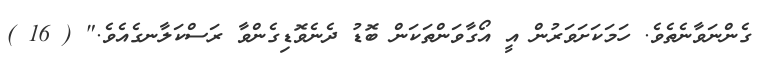
ގެންނަވާނެތެވެ. ހަމަކަށަވަރުން އީ އޯގާވަންތަކަން ބޮޑު ދެނެވޮޑިގެންވާ ރަސްކަލާނގެއެވެ." ( 16 )